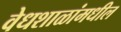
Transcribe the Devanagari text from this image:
वेधशाळांमधील